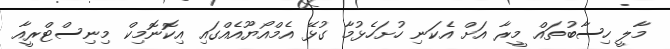
މާލީ ހިސާބުތައް މީރާ އަށް އެކަނި ހުށަހެޅުމާ ގުޅޭ އެމްއޯޔޫއެއްގައި އިކޮނޮމިކް މިނިސްޓްރީއާ